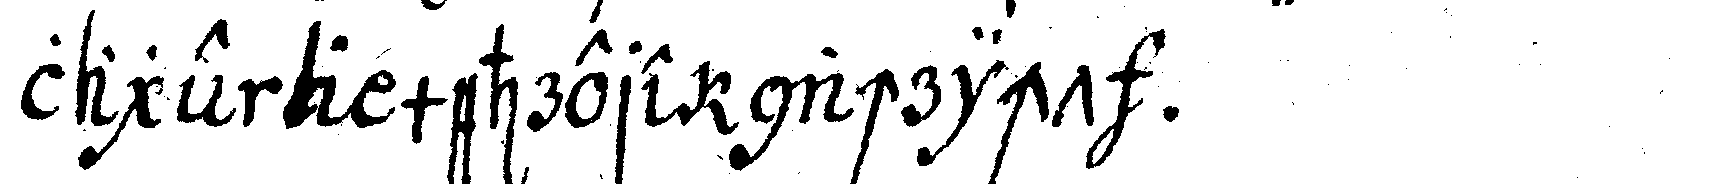
lage a mehrere nachricht .